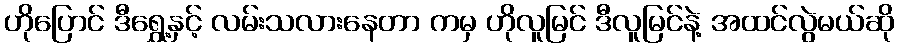
ဟိုပြောင် ဒီရွှေ့နှင့် လမ်းသလားနေတာ ကမှ ဟိုလူမြင် ဒီလူမြင်နဲ့ အထင်လွဲမယ်ဆို